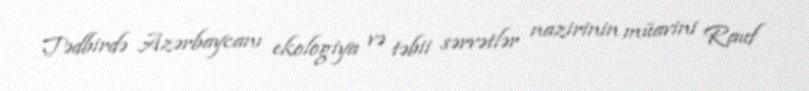
Tədbirdə Azərbaycanı ekologiya və təbii sərvətlər nazirinin müavini Rauf